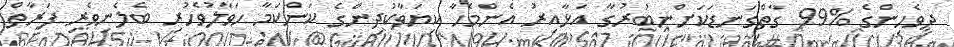
ދިވެހިންގެ %99 ގާތްގަނޑަކަށްނބުރުގާ އަޅާއިރު އެންމެހާ ކިޔަވާކުދިންގެ ކަންކަމާ ހަވާލުވެހުރި ބެލެނިވެރި ފަރާތް